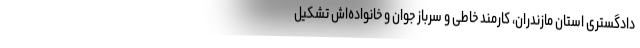
دادگستری استان مازندران، کارمند خاطی و سرباز جوان و خانواده‌اش تشکیل